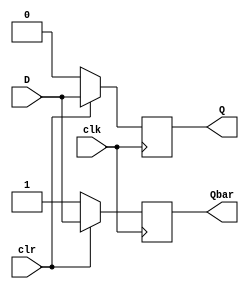
module D_FF(
	input clk,
	input clr,
	input D,
	output reg Q,
	output reg Qbar
	);

always @(posedge clk)
	if (clr == 1'b0)
		begin
			Q <= 0;
			Qbar <= 1;
		end
	else
		begin
			Q <= D;
			Qbar <= -D;
		end
endmodule